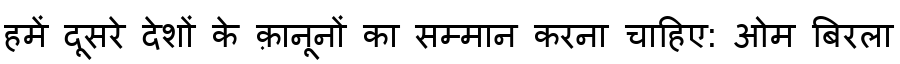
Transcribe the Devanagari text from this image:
हमें दूसरे देशों के क़ानूनों का सम्मान करना चाहिए: ओम बिरला